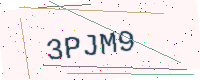
Text: 3PJM9